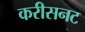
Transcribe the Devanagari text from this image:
करीसनट